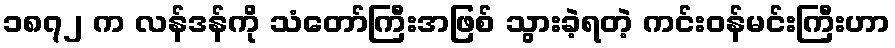
၁၈၇၂ က လန်ဒန်ကို သံတော်ကြီးအဖြစ် သွားခဲ့ရတဲ့ ကင်းဝန်မင်းကြီးဟာ